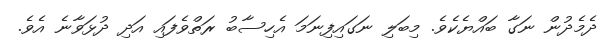
ދެމެދުން ނަގާ ބައްޔެކެވެ. މިބަލި ނަގައިފިނަމަ އެހިސާބު ރަތްވެފައި އަދި ދުޅަވާނެ އެވެ.